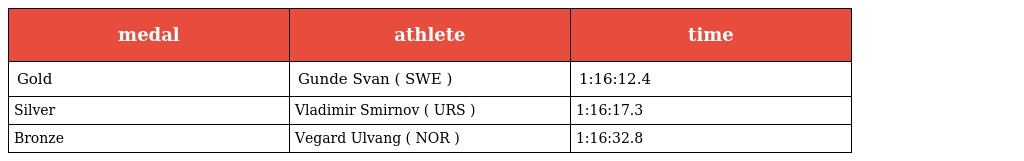
| medal | athlete | time |
 | --- | --- | --- |
 | Gold | Gunde Svan ( SWE ) | 1:16:12.4 |
 | Silver | Vladimir Smirnov ( URS ) | 1:16:17.3 |
 | Bronze | Vegard Ulvang ( NOR ) | 1:16:32.8 |